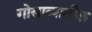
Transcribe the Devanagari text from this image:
गोसाव्यातील